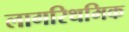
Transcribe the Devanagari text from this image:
लागरिथमिक